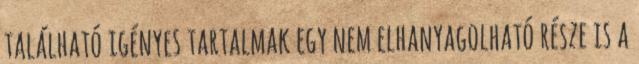
található igényes tartalmak egy nem elhanyagolható része is a